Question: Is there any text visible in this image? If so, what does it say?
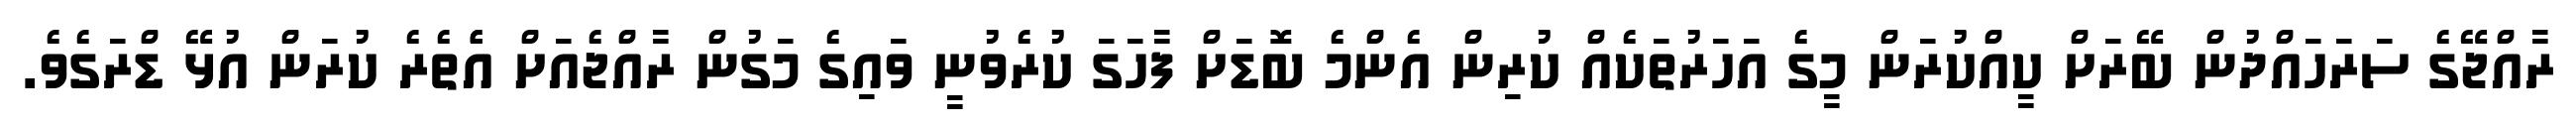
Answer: ރާއްޖޭގެ ސަރަހައްދުން ބޭރަށް ކީއްކުރަން މީގެ އަހަރުތަކެއް ކުރިން އެންމެ ބޮޑަށް ފާހަގަ ކުރެވުނީ ވައިގެ މަގުން ރާއްޖެއަށް އެެތެރެ ކުރަން އުޅޭ ޑްރަގެވެ.